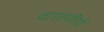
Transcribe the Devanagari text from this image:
वाचस्पतियों